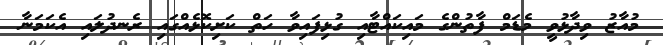
މުއާޒު ވިދާޅުވީ މެޑަމް ފާތުންގެ މައިކައްޓާއި ގުޅިފައިވާ ހަތް ކަށިކޮޅެއްގައި ރެނދުލައި އެކަމަނާ